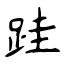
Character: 跬